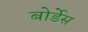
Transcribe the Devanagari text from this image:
बोर्डेस